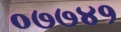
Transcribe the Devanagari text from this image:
०७७४१